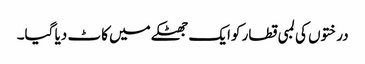
درختوں کی لمبی قطار کوایک جھٹکے میں کاٹ دیا گیا۔